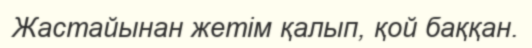
Жастайынан жетім қалып, қой баққан.